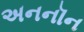
અનનૉન